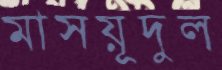
মাসয়ূদুল